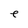
Character: e